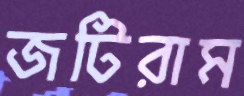
জটিরাম